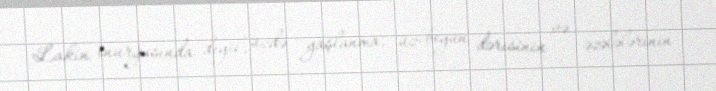
Lakin onurğasında deyil, üzdə yaşlanma, üz-boyun dərisinin və əzələlərinin